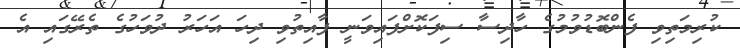
ކުރިމަތިވި ފެންބޮޑުވުމުގެ ހާދިސާ ސިފަކޮށްފައިވަނީ ފާއިތުވި ދިހަ އަހަރު ދުވަހުގެ ތެރޭގައި އެ